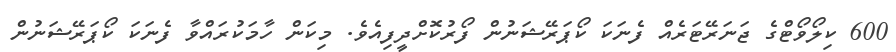
600 ކިލޯވޯޓްގެ ޖަނަރޭޓަރެއް ފެނަކަ ކޯޕަރޭޝަނުން ފޯރުކޮށްދީފިއެވެ. މިކަން ހާމަކުރައްވާ ފެނަކަ ކޯޕަރޭޝަނުން